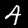
Label: 4